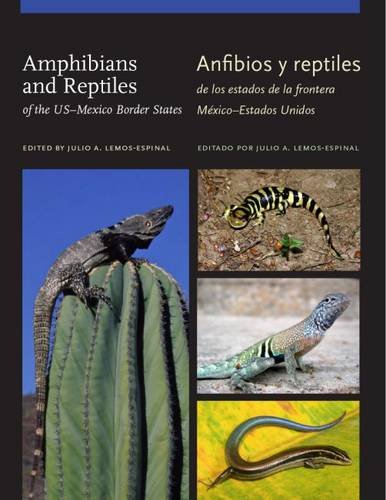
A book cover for Amphibians and Reptiles of the USEEMexico Border States/Anfibios y reptiles de los estados de la frontera MÃ©xicoEEEstados Unidos (W. L. Moody Jr. Natural History Series); Science & Math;